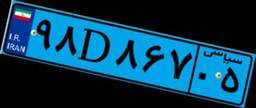
۹۸D۸۶۷۰۵